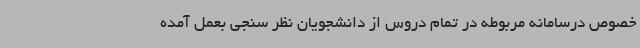
خصوص درسامانه مربوطه در تمام دروس از دانشجویان نظر سنجی بعمل آمده